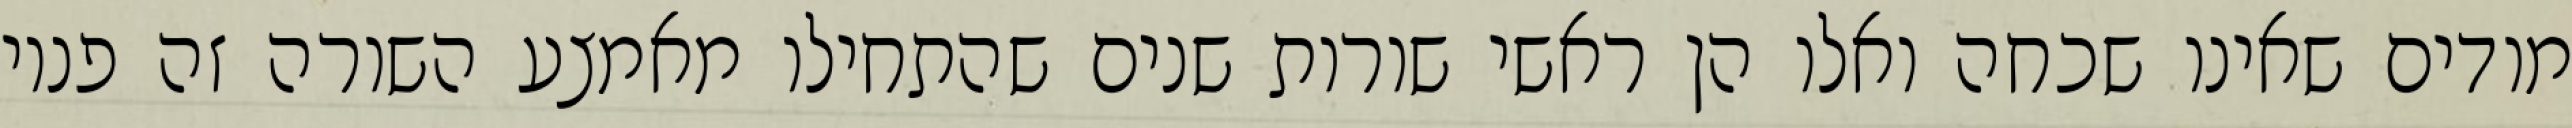
מודים שאינו שכחה ואלו הן ראשי שורות שנים שהתחילו מאמצע השורה זה פניו